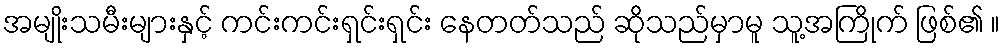
အမျိုးသမီးများနှင့် ကင်းကင်းရှင်းရှင်း နေတတ်သည် ဆိုသည်မှာမူ သူ့အကြိုက် ဖြစ်၏ ။